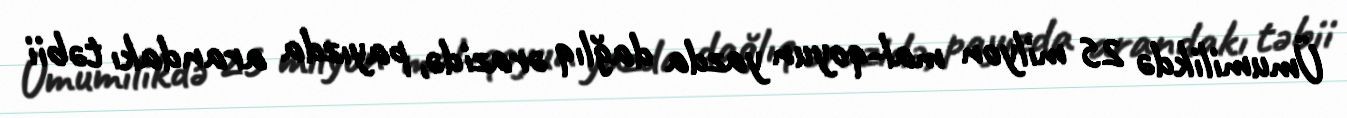
Ümumilikdə 25 milyon mal-qoyun yazda dağlıq ərazidə, payızda arandakı təbii